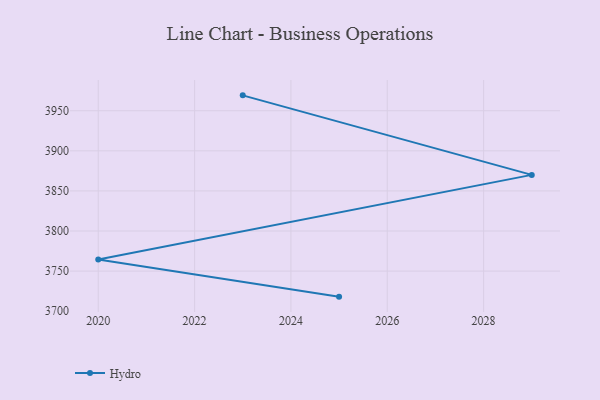
{"axis": {"x": "Year", "y": "Shipments"}, "legend": ["Hydro"], "data": [{"x": "2025", "y": 3718.1, "type": "Hydro"}, {"x": "2020", "y": 3764.5, "type": "Hydro"}, {"x": "2029", "y": 3870.0, "type": "Hydro"}, {"x": "2023", "y": 3969.2, "type": "Hydro"}]}